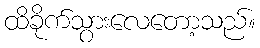
ထိခိုက်သွားလေတော့သည်။